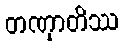
တဏှာတိဿ